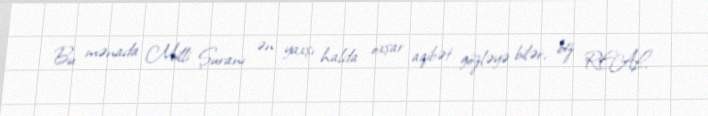
Bu mənada Milli Şuranı ən yaxşı halda oxşar aqibət gözləyə bilər, biz REAL